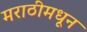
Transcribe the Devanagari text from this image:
मराठीमधून